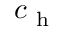
c _ { \mathrm { ~ h ~ } }